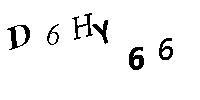
D6HY66